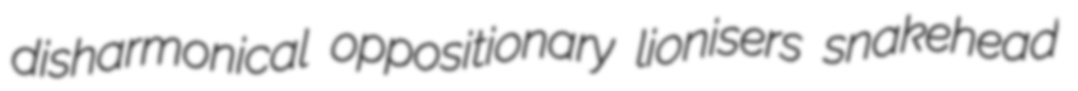
disharmonical oppositionary lionisers snakehead